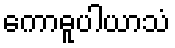
ကောဓူပါယာသံ